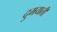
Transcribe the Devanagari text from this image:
दुमयाती